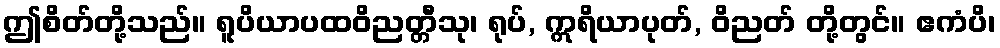
ဤစိတ်တို့သည်။ ရူပိယာပထဝိညတ္တီသု၊ ရုပ်, ဣရိယာပုတ်, ဝိညတ် တို့တွင်။ ဧကံပိ၊